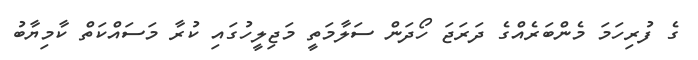
ގެ ފުރިހަމަ މެންބަރެއްގެ ދަރަޖަ ހޯދަން ސަލާމަތީ މަޖިލީހުގައި ކުރާ މަސައްކަތް ކާމިޔާބު